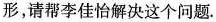
形，请帮李佳怡解决这个问题。